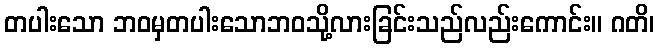
တပါးသော ဘဝမှတပါးသောဘဝသို့လားခြင်းသည်လည်းကောင်း။ ဂတိ၊